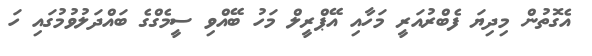
އެގޮތުން މިދިޔަ ފެބްރުއަރީ މަހާއި އޭޕްރީލް މަހު ބޭއްވި ސީމެގްގެ ބައްދަލުވުމުގައި ހަ